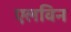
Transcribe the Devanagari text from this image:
एलविन